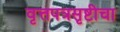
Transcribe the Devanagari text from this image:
वृत्तपत्रसृष्टीचा